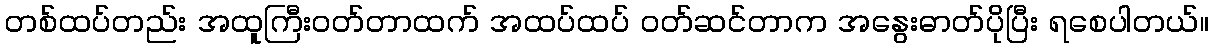
တစ်ထပ်တည်း အထူကြီးဝတ်တာထက် အထပ်ထပ် ဝတ်ဆင်တာက အနွေးဓာတ်ပိုပြီး ရစေပါတယ်။